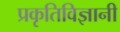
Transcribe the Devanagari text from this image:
प्रकृतिविज्ञानी